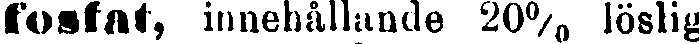
fosfat, innehållande 20% löslig